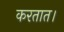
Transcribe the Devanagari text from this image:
करतात।